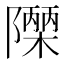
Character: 𮥫